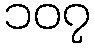
၁၀၇